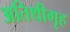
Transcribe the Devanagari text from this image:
अतिथीगृह